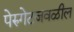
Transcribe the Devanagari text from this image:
पेरुगेटजवळील